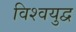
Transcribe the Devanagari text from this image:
विश्‍वयुद्व